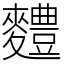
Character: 䵄